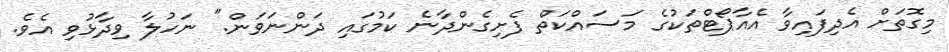
މިގޮތަށް އެދިފައިވާ އެއާޕޯޓްތަކުގެ މަސައްކަތް ފެށިގެންދާނެ ކަމުގައި ދަންނަވަން." ނަހުލާ ވިދާޅުވި އެވެ.